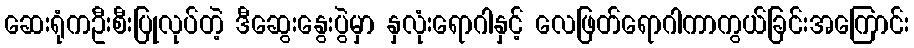
ဆေးရုံကဦးစီးပြုလုပ်တဲ့ ဒီဆွေးနွေးပွဲမှာ နှလုံးရောဂါနှင့် လေဖြတ်ရောဂါကာကွယ်ခြင်းအကြောင်း